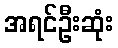
အရင်ဦးဆုံး